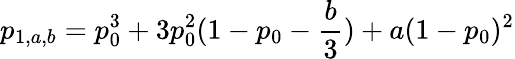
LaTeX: p_{1,a,b}=p_{0}^{3}+3p_{0}^{2}(1-p_{0}-\frac{b}{3})+a(1-p_{0})^{2}